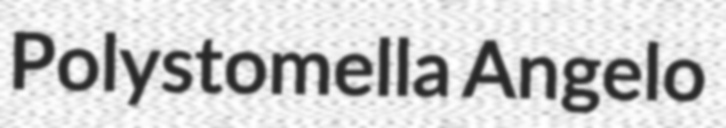
Polystomella Angelo